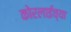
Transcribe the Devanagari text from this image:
कोरलाईच्या